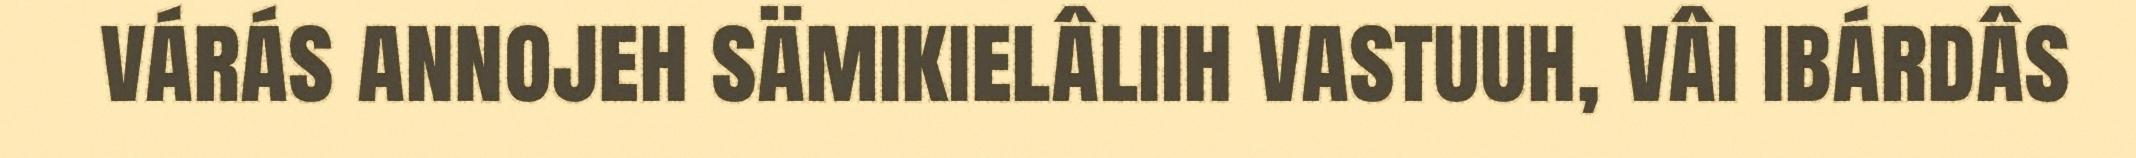
várás annojeh sämikielâliih vastuuh, vâi ibárdâs